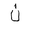
Letter: _non